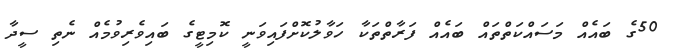
50ގެ ބައެއް މަސައްކަތްތައް ބައެއް ފަރާތްތަކާ ހަވާލުކޮށްފައިވަނީ ކޮމިޓީގެ ބައިވެރިވުމެއް ނެތި ސީދާ